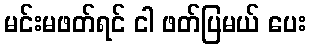
မင်းမဖတ်ရင် ငါ ဖတ်ပြမယ် ပေး